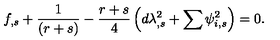
f _ { , s } + \frac { 1 } { \left( r + s \right) } - \frac { r + s } { 4 } \left( d \lambda _ { , s } ^ { 2 } + \sum \psi _ { i , s } ^ { 2 } \right) = 0 .